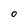
Character: O